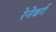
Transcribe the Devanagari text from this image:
रेनेबर्ग